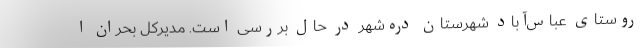
روستای عباس‌آباد شهرستان دره‌شهر در حال بررسی است. مدیرکل بحران ا